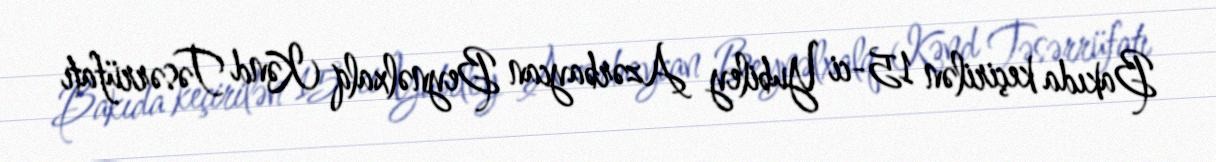
Bakıda keçirilən 15-ci Yubiley Azərbaycan Beynəlxalq Kənd Təsərrüfatı